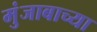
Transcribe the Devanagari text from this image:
मुंजाबाच्या